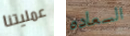
عمليتنا السعاده